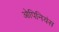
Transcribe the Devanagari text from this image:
ओपिनियंस